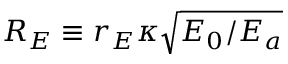
R _ { E } \equiv r _ { E } \kappa \sqrt { E _ { 0 } / E _ { a } }